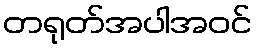
တရုတ်အပါအဝင်